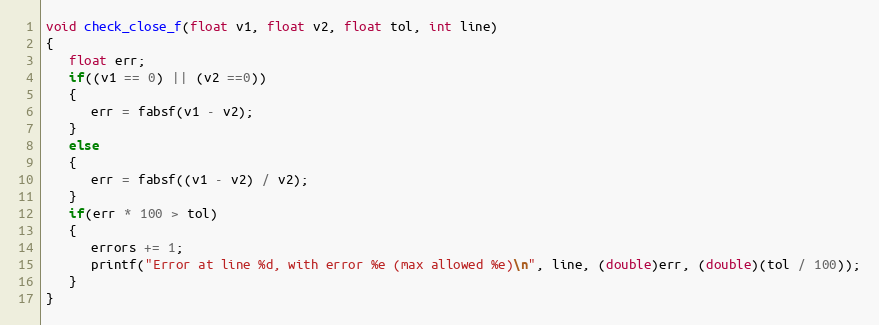
Language: C
void check_close_f(float v1, float v2, float tol, int line)
{
   float err;
   if((v1 == 0) || (v2 ==0))
   {
      err = fabsf(v1 - v2);
   }
   else
   {
      err = fabsf((v1 - v2) / v2);
   }
   if(err * 100 > tol)
   {
      errors += 1;
      printf("Error at line %d, with error %e (max allowed %e)\n", line, (double)err, (double)(tol / 100));
   }
}